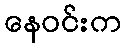
နေဝင်းက